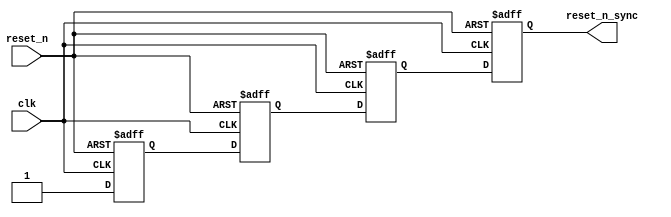
module hps_sdram_p0_reset_sync(
	reset_n,
	clk,
	reset_n_sync
);

parameter RESET_SYNC_STAGES = 4;
parameter NUM_RESET_OUTPUT = 1;

input	reset_n;
input	clk;
output	[NUM_RESET_OUTPUT-1:0] reset_n_sync;




// identify the synchronizer chain so that Quartus can analyze metastability.
// Since these resets are localized to the PHY alone, make them routed locally
// to avoid using global networks.
(* altera_attribute = {"-name SYNCHRONIZER_IDENTIFICATION FORCED_IF_ASYNCHRONOUS; -name GLOBAL_SIGNAL OFF"}*) reg	[RESET_SYNC_STAGES+NUM_RESET_OUTPUT-2:0] reset_reg /*synthesis dont_merge */;

generate
genvar i;
	for (i=0; i<RESET_SYNC_STAGES+NUM_RESET_OUTPUT-1; i=i+1)
	begin: reset_stage
		always @(posedge clk or negedge reset_n)
		begin
			if (~reset_n)
				reset_reg[i] <= 1'b0;
			else
			begin
				if (i==0)
					reset_reg[i] <= 1'b1;
				else if (i < RESET_SYNC_STAGES)
					reset_reg[i] <= reset_reg[i-1];
				else
					reset_reg[i] <= reset_reg[RESET_SYNC_STAGES-2];
				
			end
		end
	end
endgenerate

	assign reset_n_sync = reset_reg[RESET_SYNC_STAGES+NUM_RESET_OUTPUT-2:RESET_SYNC_STAGES-1];

endmodule